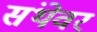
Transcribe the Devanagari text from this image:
संथेवर